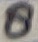
Text: 8